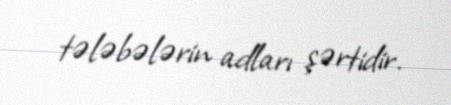
tələbələrin adları şərtidir.